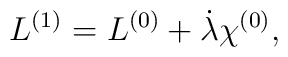
{L}^{(1)} = {L}^{(0)} + \dot\lambda \chi^{(0)},